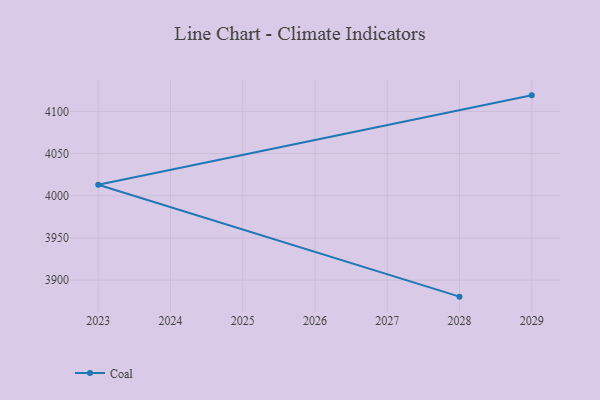
{"axis": {"x": "Year", "y": "Tickets Resolved"}, "legend": ["Coal"], "data": [{"x": "2029", "y": 4119.0, "type": "Coal"}, {"x": "2023", "y": 4013.1, "type": "Coal"}, {"x": "2028", "y": 3880.5, "type": "Coal"}]}